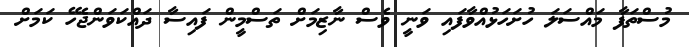
މުސްތަފާ މައްސަލަ ހުށަހަޅުއްވާފައި ވަނީ ވެސް ނާޒިމަށް ތަސްމީން ފައިސާ ދައްކަވަންޖެހޭ ކަމަށް